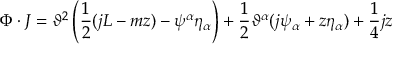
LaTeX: \Phi \cdot J = \vartheta ^ { 2 } \left( \frac { 1 } { 2 } ( j L - m z ) - \psi ^ { \alpha } \eta _ { \alpha } \right) + \frac { 1 } { 2 } \vartheta ^ { \alpha } ( j \psi _ { \alpha } + z \eta _ { \alpha } ) + \frac { 1 } { 4 } j z